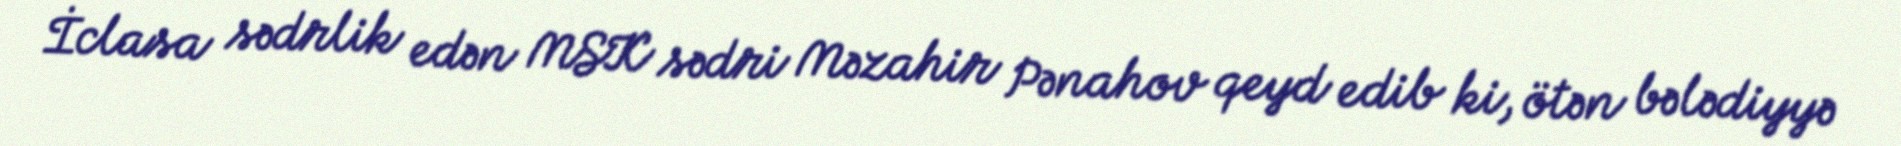
İclasa sədrlik edən MSK sədri Məzahir Pənahov qeyd edib ki, ötən bələdiyyə